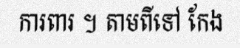
ការពារ ។ តាមពីទៅ កែង